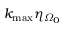
{ { k } _ { \operatorname* { m a x } } } { { \eta } _ { { { \varOmega } _ { 0 } } } }